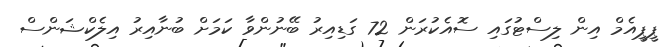
ޕީޕީއެމް އިން ލިސްޓުގައި ސޮއެކުރަން 72 ގަޑިއިރު ބޭނުންވާ ކަމަށް ބުނާއިރު އިލެކްޝަންސް